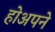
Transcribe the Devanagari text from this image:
होअपने